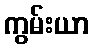
ကွမ်းယာ